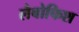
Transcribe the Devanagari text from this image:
लैबोफिश